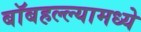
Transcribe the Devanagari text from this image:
बॉबहल्ल्यामध्ये